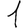
Digit: 1